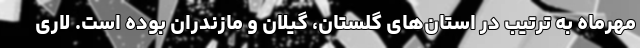
مهرماه به ترتیب در استان‌های گلستان، گیلان و مازندران بوده است. لاری